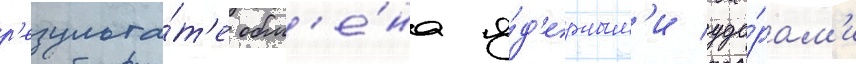
р'езульта́т'е обм'е́на я́д'ерным'и уда́рам'и